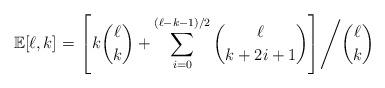
LaTeX: \begin{align*}\mathbb{E}[\ell,k]=\left.\left[k\dbinom{\ell}{k}+\sum\limits_{i=0}^{(\ell-k-1)/2}\dbinom{\ell}{k+2i+1}\right]\middle/\dbinom{\ell}{k}\right.\end{align*}